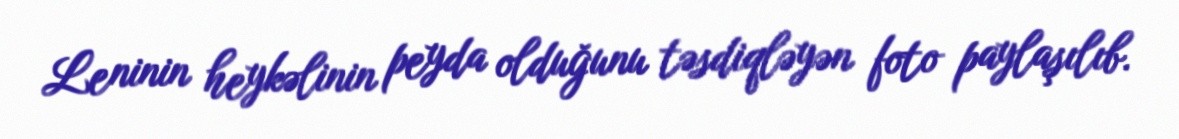
Leninin heykəlinin peyda olduğunu təsdiqləyən foto paylaşılıb.